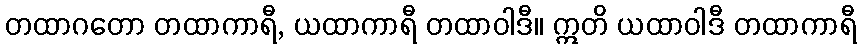
တထာဂတော တထာကာရီ, ယထာကာရီ တထာဝါဒီ။ ဣတိ ယထာဝါဒီ တထာကာရီ